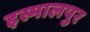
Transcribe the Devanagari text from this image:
इस्मालपुर